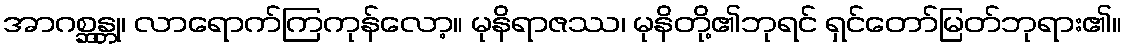
အာဂစ္ဆန္တု၊ လာရောက်ကြကုန်လော့။ မုနိရာဇဿ၊ မုနိတို့၏ဘုရင် ရှင်တော်မြတ်ဘုရား၏။